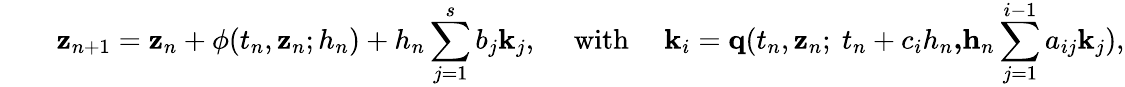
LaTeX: \qquad\mathbf{z}_{n+1}=\mathbf{z}_{n}+\mathbf{\phi}(t_{n},\mathbf{z}_{n};h_{n})+h_{n}\sum_{j=1}^{s}b_{j}\mathbf{k}_{j},\quad{\mathrm{~with~}}\quad\mathbf{k}_{i}=\mathbf{q}(t_{n},\mathbf{z}_{n};{\mathrm{~}}t_{n}+c_{i}h_{n}\mathbf{,}\mathbf h_{n}\sum_{j=1}^{i-1}a_{ij}\mathbf{k}_{j}),